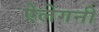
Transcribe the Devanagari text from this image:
ऐलेगनी